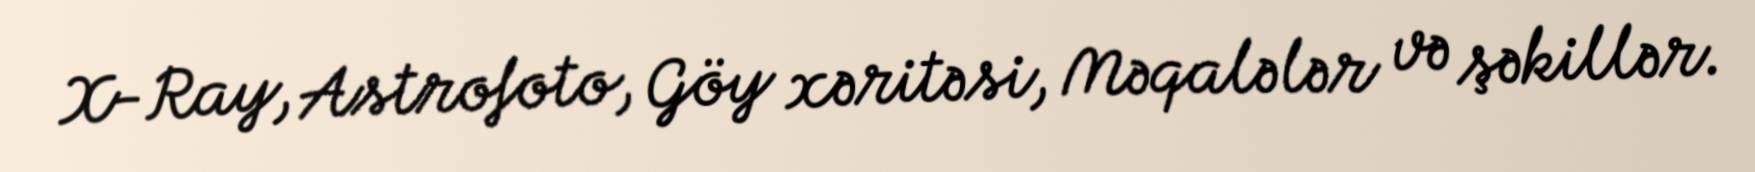
X-Ray, Astrofoto, Göy xəritəsi, Məqalələr və şəkillər.